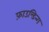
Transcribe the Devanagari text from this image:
फ़ाउन्डिन्ग